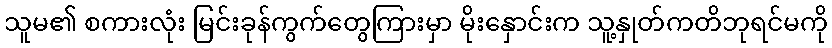
သူမ၏ စကားလုံး မြင်းခုန်ကွက်တွေကြားမှာ မိုးနှောင်းက သူ့နှုတ်ကတိဘုရင်မကို